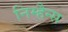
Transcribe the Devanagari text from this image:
निम्हैन्स